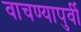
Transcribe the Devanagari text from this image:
वाचण्यापुर्वी